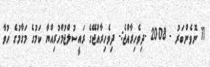
11 ނޮވެންބަރު - 2008 -ދިވެހިރާއްޖެ:- ދިވެހިރާއްޖޭގެ ރައީސުލްޖުމްހުރިއްޔާ ކަމުގެ މަގާމުގެ ހުވާ